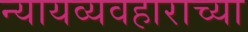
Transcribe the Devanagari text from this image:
न्यायव्यवहाराच्या